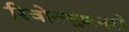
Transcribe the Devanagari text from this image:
रिवोल्युशनरी